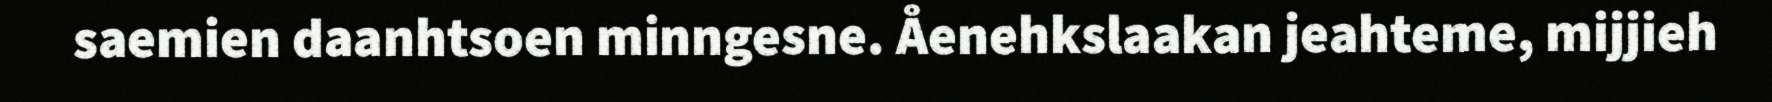
saemien daanhtsoen minngesne. Åenehkslaakan jeahteme, mijjieh